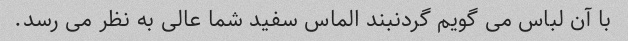
با آن لباس می گویم گردنبند الماس سفید شما عالی به نظر می رسد.